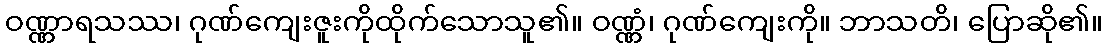
ဝဏ္ဏာရသဿ၊ ဂုဏ်ကျေးဇူးကိုထိုက်သောသူ၏။ ဝဏ္ဏံ၊ ဂုဏ်ကျေးကို။ ဘာသတိ၊ ပြောဆို၏။